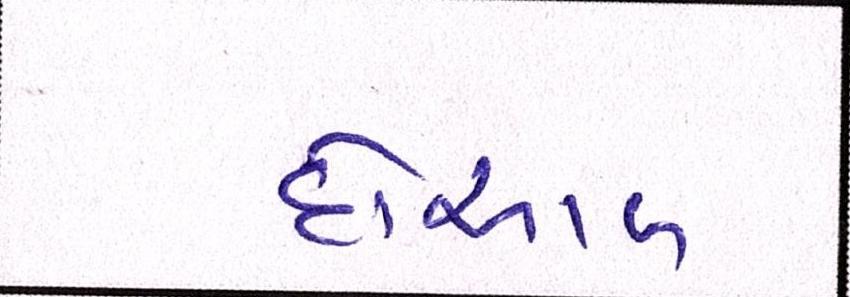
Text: દોઆબ